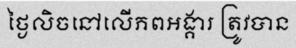
ថ្ងៃលិចនៅលើភពអង្គារ ត្រូវបាន